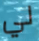
لي